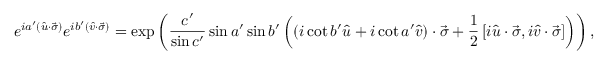
e ^ { i a ^ { \prime } \left( { \hat { u } } \cdot { \vec { \sigma } } \right) } e ^ { i b ^ { \prime } \left( { \hat { v } } \cdot { \vec { \sigma } } \right) } = \exp \left( { \frac { c ^ { \prime } } { \sin c ^ { \prime } } } \sin a ^ { \prime } \sin b ^ { \prime } \left( \left( i \cot b ^ { \prime } { \hat { u } } + i \cot a ^ { \prime } { \hat { v } } \right) \cdot { \vec { \sigma } } + { \frac { 1 } { 2 } } \left[ i { \hat { u } } \cdot { \vec { \sigma } } , i { \hat { v } } \cdot { \vec { \sigma } } \right] \right) \right) ,